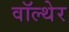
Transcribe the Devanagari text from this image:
वॉल्थेर